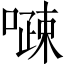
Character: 𠽔